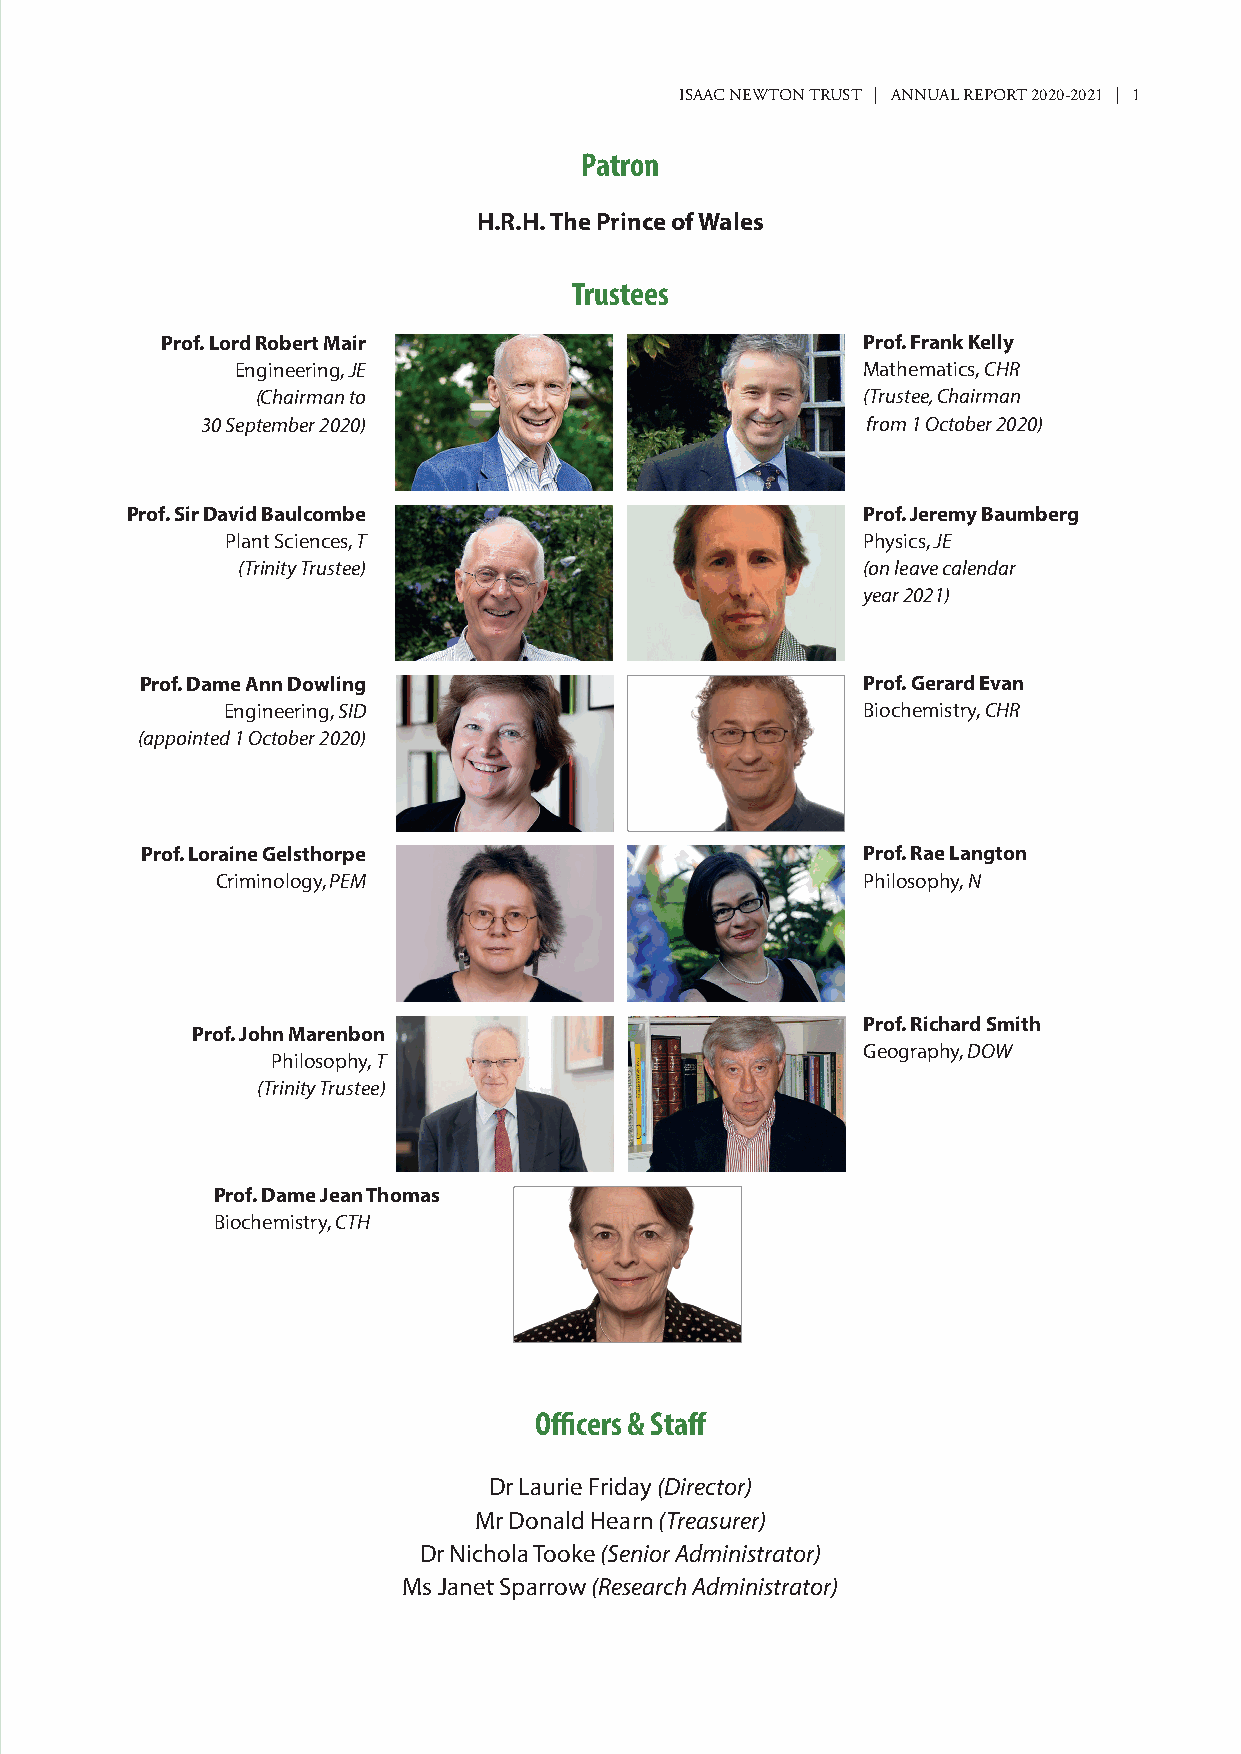
ISAAC NEWTON TRUST | ANNUAL REPORT 2020-2021 | 1
 Patron
 H.R.H. The Prince of Wales
 Trustees
 Prof. Lord Robert Mair                        Prof. Frank Kelly
 Engineering, JE                          Mathematics, CHR
 (Chairman to                            (Trustee, Chairman
 30 September 2020)                          from 1 October 2020)
 Prof. Sir David Baulcombe                        Prof. Jeremy Baumberg
 Plant Sciences, T                         Physics, JE
 (Trinity Trustee)                        (on leave calendar
 year 2021)
 Prof. Dame Ann Dowling                          Prof. Gerard Evan
 Engineering, SID                          Biochemistry, CHR
 (appointed 1 October 2020)
 Prof. Loraine Gelsthorpe                        Prof. Rae Langton
 Criminology, PEM                           Philosophy, N
 Prof. Richard Smith
 Prof. John Marenbon
 Geography, DOW
 Philosophy, T
 (Trinity Trustee)
 Prof. Dame Jean Thomas
 Biochemistry, CTH
 Officers & Staff
 Dr Laurie Friday (Director)
 Mr Donald Hearn (Treasurer)
 Dr Nichola Tooke (Senior Administrator)
 Ms Janet Sparrow (Research Administrator)